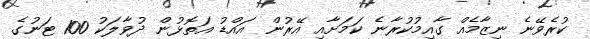
ކުރެވޭނެ ނިޒާމެއް ގާއިމުކުރާނެ ކަމަށާއި އޭރުން އައްޑު އަތޮޅުން ދުވާލަކު 100 ޓަނުގެ